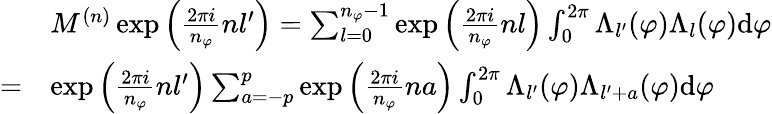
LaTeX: \begin{array}{rl}&{M^{(n)}\exp{\left(\frac{2\pi i}{n_{\varphi}}nl^{\prime}\right)}=\sum_{l=0}^{n_{\varphi}-1}\exp{\left(\frac{2\pi i}{n_{\varphi}}nl\right)}\int_{0}^{2\pi}\Lambda_{l^{\prime}}(\varphi)\Lambda_{l}(\varphi)\mathrm{d}\varphi}\\ {=}&{\exp{\left(\frac{2\pi i}{n_{\varphi}}nl^{\prime}\right)}\sum_{a=-p}^{p}\exp\left({\frac{2\pi i}{n_{\varphi}}na}\right)\int_{0}^{2\pi}\Lambda_{l^{\prime}}(\varphi)\Lambda_{l^{\prime}+a}(\varphi)\mathrm{d}{\varphi}}\end{array}